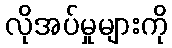
လိုအပ်မှုများကို